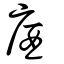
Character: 庮